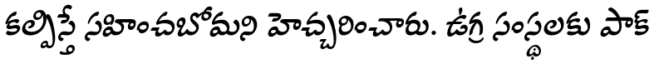
కల్పిస్తే సహించబోమని హెచ్చరించారు. ఉగ్ర సంస్థలకు పాక్